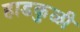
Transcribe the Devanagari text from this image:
हाडकुळी